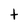
Character: t